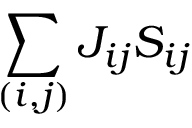
\sum _ { ( i , j ) } J _ { i j } S _ { i j }